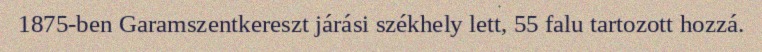
1875-ben Garamszentkereszt járási székhely lett, 55 falu tartozott hozzá.